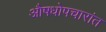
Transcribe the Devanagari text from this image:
औषधोपचारांत